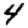
Digit: 4